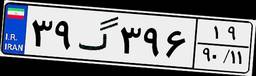
۳۹گ۳۹۶۱۹